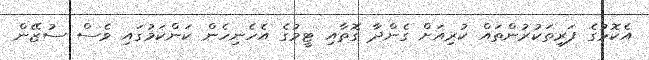
އެކޮޅުގެ ފަރިތަކުރުންތައް ކުރިއަށް ގެންދާ ގޮތާއި ޓީމުގެ އެހެނިހެން ކަންކަމުގައި ވެސް ސުޒޭން